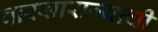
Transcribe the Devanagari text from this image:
वारसाराज्याची